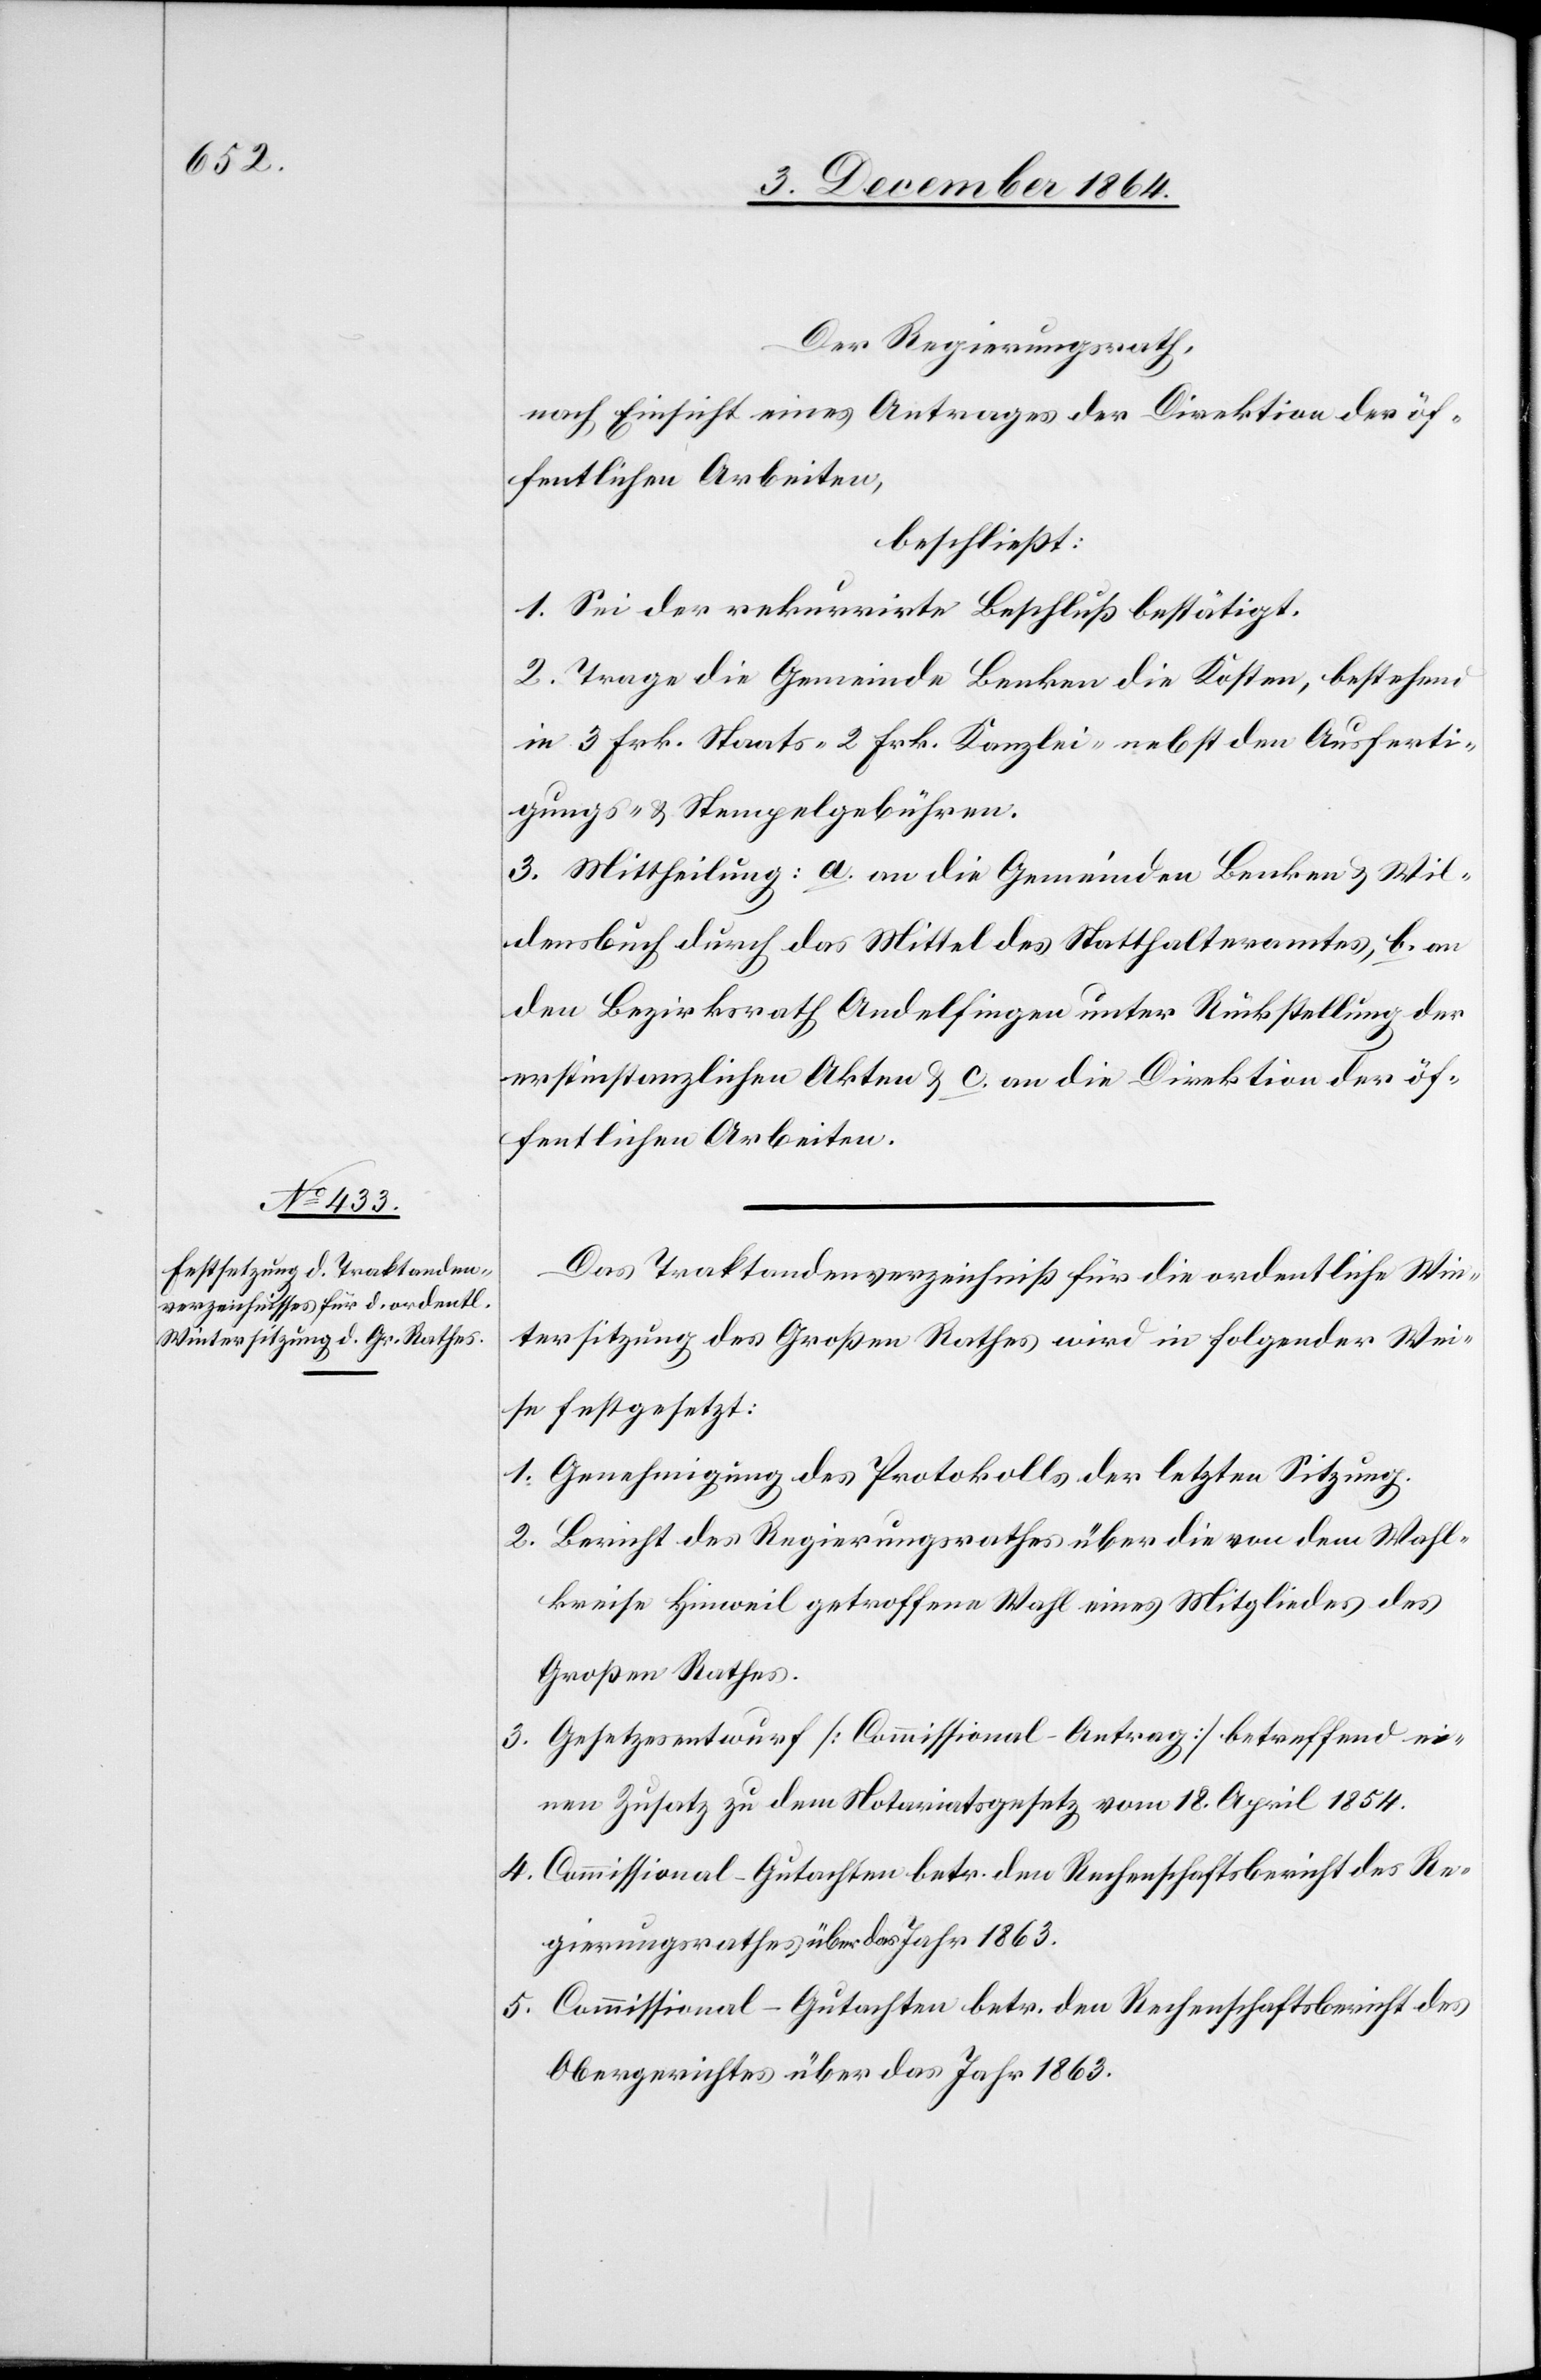
Der Regierungsrath,
nach Einsicht eines Antrages der Direktion der öf¬
fentlichen Arbeiten,
beschließt:
1. Sei der rekurrirte Beschluß bestätigt.
2. Trage die Gemeinde Benken die Kosten, bestehend
in 3 Frk. Staats- 2 Frk. Kanzlei- nebst den Ausferti¬
gungs- & Stempelgebühren.
3. Mittheilung: a. an die Gemeinden Benken & Wil¬
densbuch durch das Mittel des Statthalteramtes, b. an
den Bezirksrath Andelfingen unter Rückstellung der
erstinstanzlichen Akten & c. an die Direktion der öf¬
fentlichen Arbeiten.
Das Traktandenverzeichniß für die ordentliche Win¬
tersitzung des Großen Rathes wird in folgender Wei¬
se festgesetzt:
1. Genehmigung des Protokolls der letzten Sitzung.
2. Bericht des Regierungsrathes über die von dem Wahl¬
kreise Hinweil getroffene Wahl eines Mitgliedes des
Großen Rathes.
3. Gesetzesentwurf [Commissional-Antrag] betreffend ei¬
nen Zusatz zu dem Notariatsgesetz vom 18. April 1854.
4. Commissional-Gutachten betr. den Rechenschaftsbericht des Re¬
gierungsrathes über das Jahr 1863.
5. Commissional-Gutachten betr. den Rechenschaftsbericht des
Obergerichtes über das Jahr 1863.